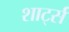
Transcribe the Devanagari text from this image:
शार्ट्स